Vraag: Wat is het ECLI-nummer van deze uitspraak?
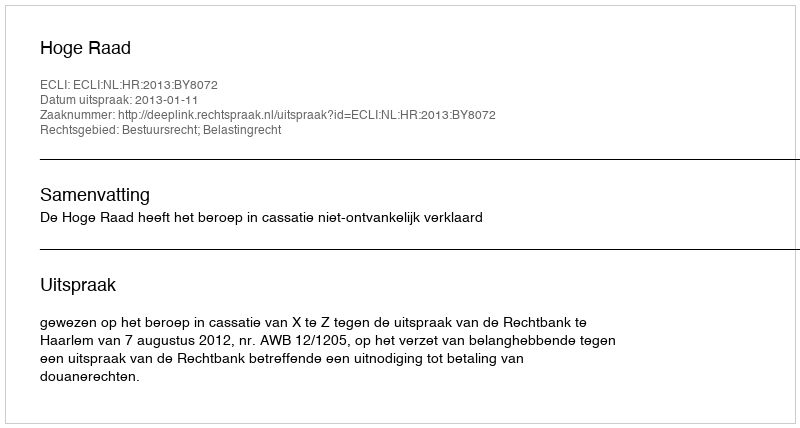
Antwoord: ECLI:NL:HR:2013:BY8072